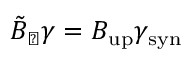
\tilde { { B } } _ { \perp } \gamma = B _ { \mathrm { u p } } \gamma _ { \mathrm { s y n } }